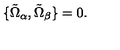
\{ \tilde { \Omega } _ { \alpha } , \tilde { \Omega } _ { \beta } \} = 0 .